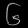
Digit: ၆